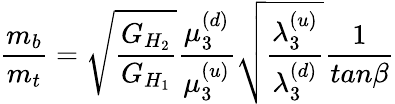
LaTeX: {\frac{m_{b}}{m_{t}}}={\sqrt{\frac{G_{H_{2}}}{G_{H_{1}}}}}{\frac{\mu_{3}^{(d)}}{\mu_{3}^{(u)}}}{\sqrt{\frac{\lambda_{3}^{(u)}}{\lambda_{3}^{(d)}}}}{\frac{1}{tan\beta}}